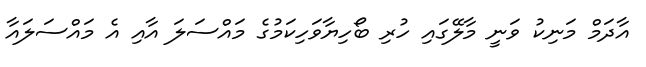
އާދަމް މަނިކު ވަނީ މާލޭގައި ހުރި ބޯހިޔާވަހިކަމުގެ މައްސަލަ އާއި އެ މައްސަލައާ